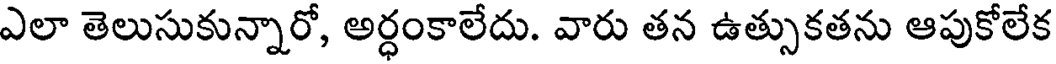
ఎలా తెలుసుకున్నారో, అర్ధంకాలేదు. వారు తన ఉత్సుకతను ఆపుకోలేక